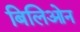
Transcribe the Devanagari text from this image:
बिलिओन